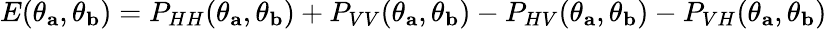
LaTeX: E(\theta_{\mathbf{a}},\theta_{\mathbf{b}})=P_{HH}(\theta_{\mathbf{a}},\theta_{\mathbf{b}})+P_{VV}(\theta_{\mathbf{a}},\theta_{\mathbf{b}})-P_{HV}(\theta_{\mathbf{a}},\theta_{\mathbf{b}})-P_{VH}(\theta_{\mathbf{a}},\theta_{\mathbf{b}})